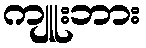
ကျူးဘား